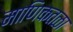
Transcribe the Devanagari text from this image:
माणिकतळा